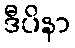
ဒီပိနာ